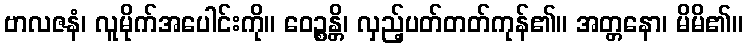
ဗာလဇနံ၊ လူမိုက်အပေါင်းကို။ ဝေဉ္စန္တိ၊ လှည့်ပတ်တတ်ကုန်၏။ အတ္တနော၊ မိမိ၏။